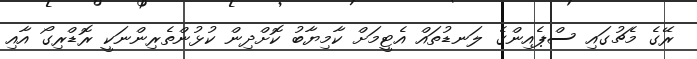
ރޭގެ މެޗުގައި ސްޕެއިންގެ ލަނޑުތައް އެޓީމަށް ކާމިޔާބު ކޮށްދިން ކުޅުންތެރިންނަކީ ރޮޑްރިގޯ އާއި